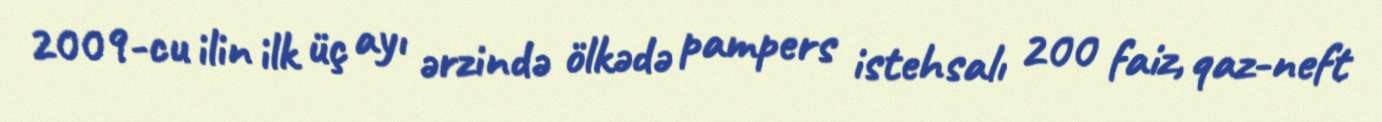
2009-cu ilin ilk üç ayı ərzində ölkədə pampers istehsalı 200 faiz, qaz-neft